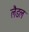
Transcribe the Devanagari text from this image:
लैडल